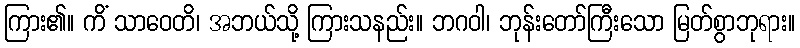
ကြား၏။ ကိံ သာဝေတိ၊ အဘယ်သို့ ကြားသနည်း။ ဘဂဝါ၊ ဘုန်းတော်ကြီးသော မြတ်စွာဘုရား။